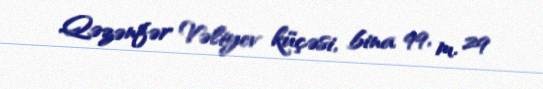
Qəzənfər Vəliyev küçəsi, bina 99, m. 29